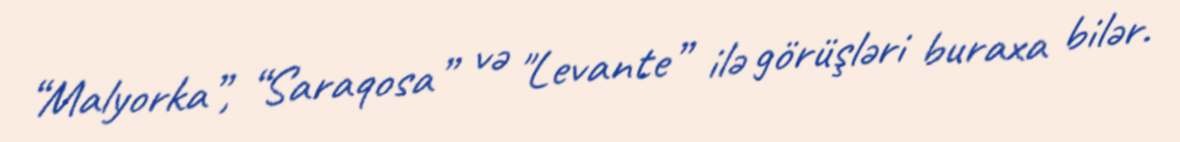
“Malyorka”, “Saraqosa” və "Levante” ilə görüşləri buraxa bilər.